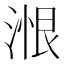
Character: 𰜠